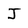
Character: J